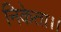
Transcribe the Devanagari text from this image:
निकेता।।